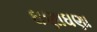
ઘણાઘણા